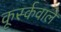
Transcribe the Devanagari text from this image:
कूर्स्कवाले